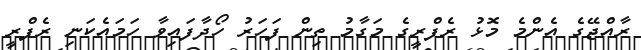
ރާއްޖޭގެ އެންމެ މޮޅު ރެފްރީގެ މަގާމު ތިން ފަހަރު ހޯދާފައިވާ ހަމައެކަނި ރެފްރީ